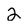
Character: 2